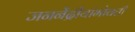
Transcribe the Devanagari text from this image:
जननेंद्रीयांभोवती